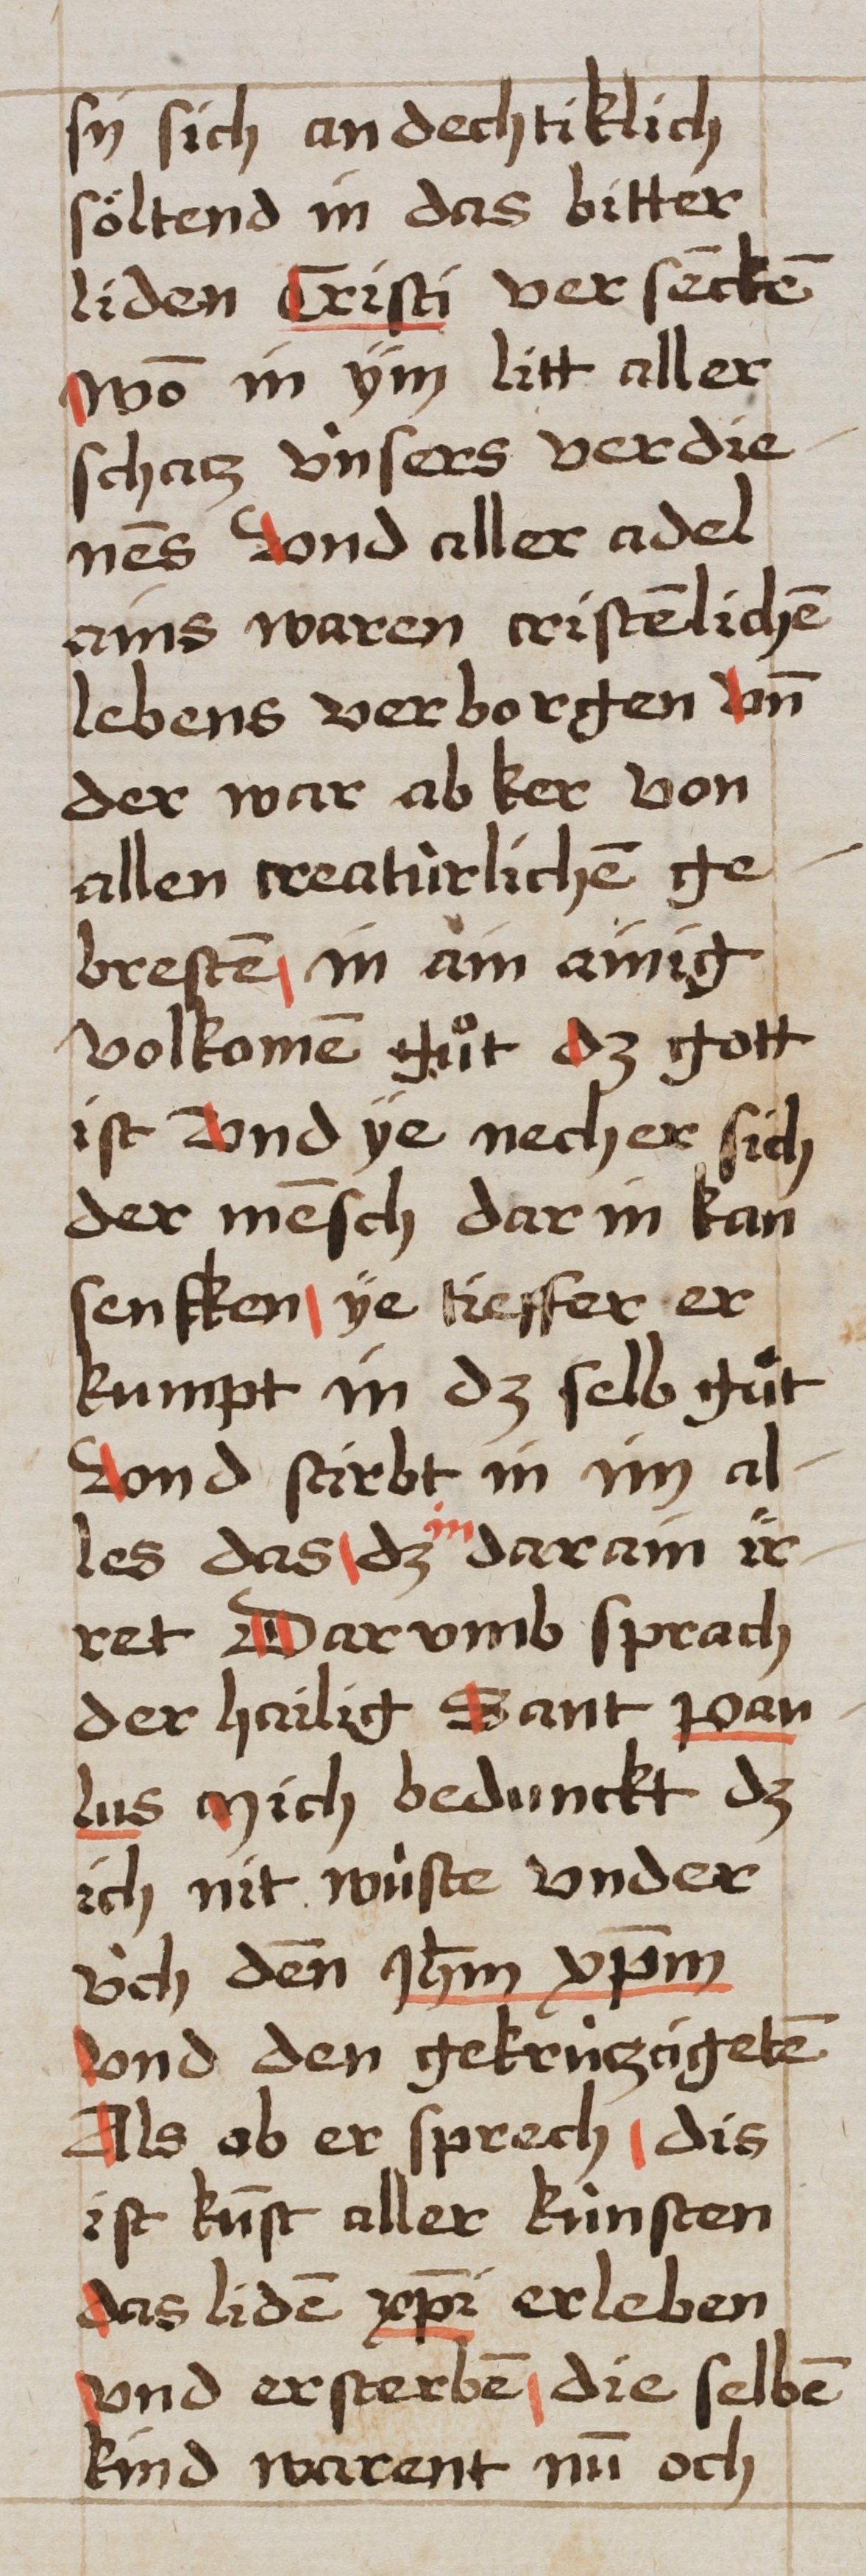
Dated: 1493–1493